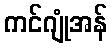
ကင်ဂျုံအန်